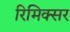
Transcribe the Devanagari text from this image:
रिमिक्सर